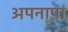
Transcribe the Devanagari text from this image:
अपनापा